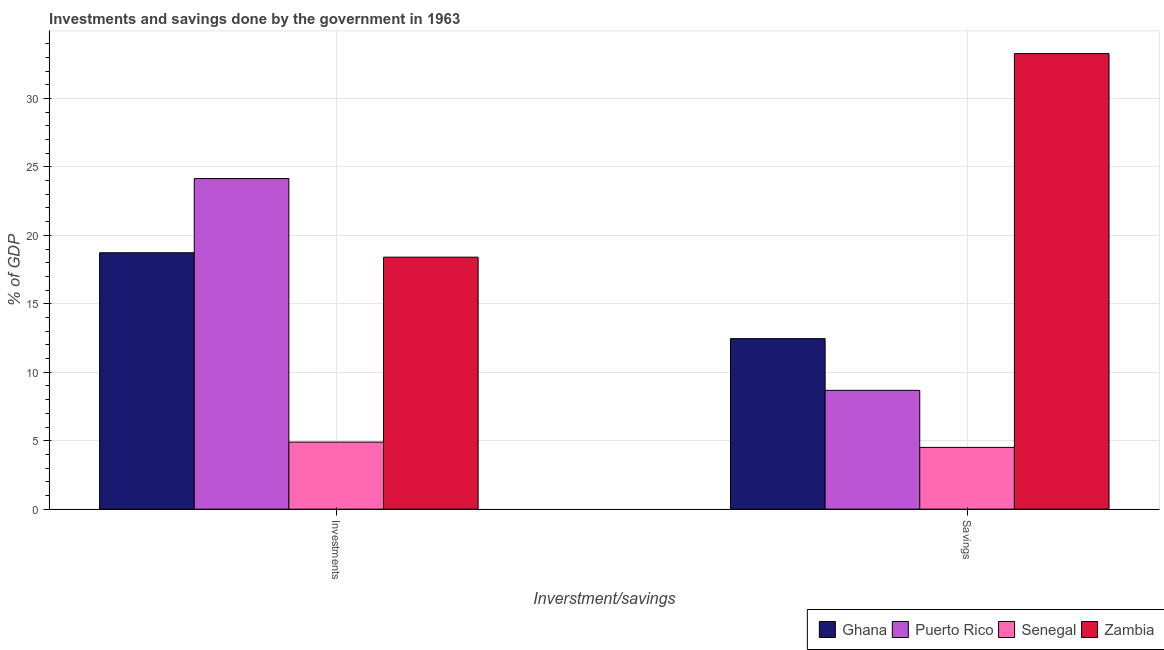
| Inverstment/savings | Ghana | Puerto Rico | Senegal | Zambia |
 | --- | --- | --- | --- | --- |
 | Investments | 18.7 | 24.1 | 4.9 | 18.4 |
 | Savings | 12.5 | 8.68 | 4.51 | 33.3 |